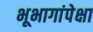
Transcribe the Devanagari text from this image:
भूभागांपेक्षा